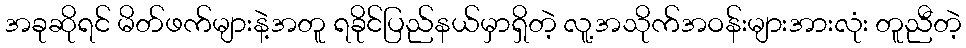
အခုဆိုရင် မိတ်ဖက်များနဲ့အတူ ရခိုင်ပြည်နယ်မှာရှိတဲ့ လူ့အသိုက်အဝန်းများအားလုံး တူညီတဲ့